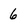
Character: 6